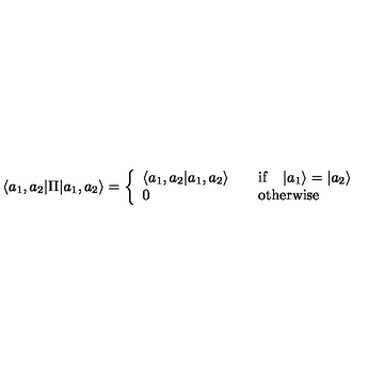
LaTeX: { } \langle a _ { 1 } , a _ { 2 } | \Pi | a _ { 1 } , a _ { 2 } \rangle = \left\{ \begin{array} { l l } { \langle a _ { 1 } , a _ { 2 } | a _ { 1 } , a _ { 2 } \rangle } & { \quad \mathrm { i f } \quad | a _ { 1 } \rangle = | a _ { 2 } \rangle } \\ { 0 } & { \quad \mathrm { o t h e r w i s e } } \\ \end{array} \right.